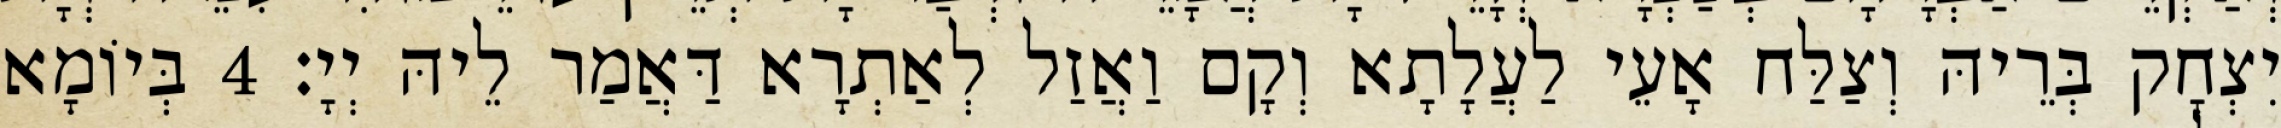
יִצְחָק בְּרֵיהּ וְצַלַּח אָעֵי לַעֲלָתָא וְקָם וַאֲזַל לְאַתְרָא דַּאֲמַר לֵיהּ יְיָ׃ 4 בְּיוֹמָא